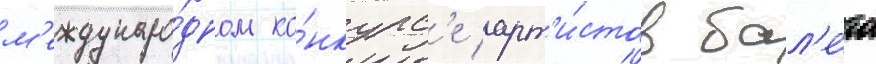
м'еждунаро́дном ко́нкурс'е арт'и́стов бал'е́та